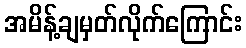
အမိန့်ချမှတ်လိုက်ကြောင်း